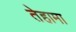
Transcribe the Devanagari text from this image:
तेहामा